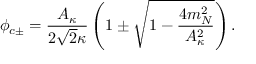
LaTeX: \phi _ { c \pm } = \frac { A _ { \kappa } } { 2 \sqrt { 2 } { \kappa } } \left( 1 \pm \sqrt { 1 - \frac { 4 m _ { N } ^ { 2 } } { A _ { \kappa } ^ { 2 } } } \right) .